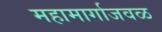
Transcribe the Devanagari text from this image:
महामार्गाजवळ